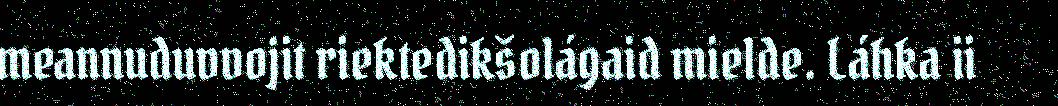
meannuduvvojit riektedikšolágaid mielde. Láhka ii